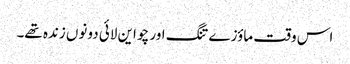
اس وقت ماؤزے تنگ اور چو این لائی دونوں زندہ تھے۔